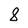
Character: 8